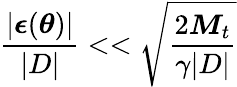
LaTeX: \frac{|\boldsymbol{\epsilon}(\boldsymbol{\theta})|}{|D|}<<\sqrt{\frac{2\boldsymbol{M}_{t}}{\gamma|D|}}